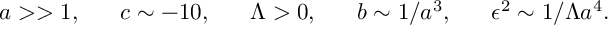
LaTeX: a > > 1 , ~ ~ ~ ~ ~ c \sim - 1 0 , ~ ~ ~ ~ ~ \Lambda > 0 , ~ ~ ~ ~ ~ b \sim 1 / a ^ { 3 } , ~ ~ ~ ~ ~ \epsilon ^ { 2 } \sim 1 / \Lambda a ^ { 4 } .